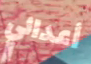
أعدائي